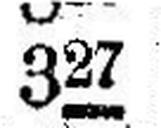
327